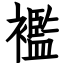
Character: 襤